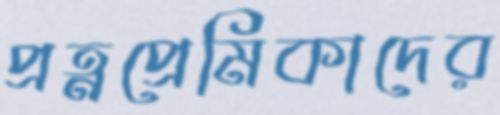
প্রত্নপ্রেমিকাদের